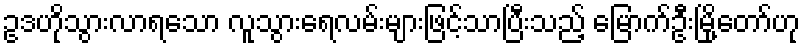
ဥဒဟိုသွားလာရသော လူသွားရေလမ်းများဖြင့်သာပြီးသည့် မြောက်ဦးမြို့တော်ဟု